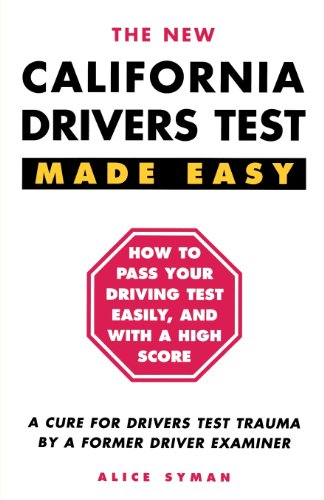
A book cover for California Drivers Test Made Easy: By a Former Driver Examiner; Alice Syman; Test Preparation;